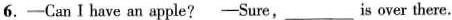
6.—— Can Ⅰ have an apple? —— Sure, ___ is over there.